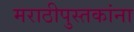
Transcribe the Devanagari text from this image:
मराठीपुस्तकांना